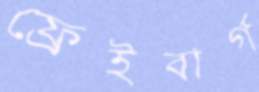
ফ্রেইবার্গ